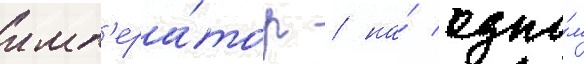
имп'ера́тор / на́ одно́м